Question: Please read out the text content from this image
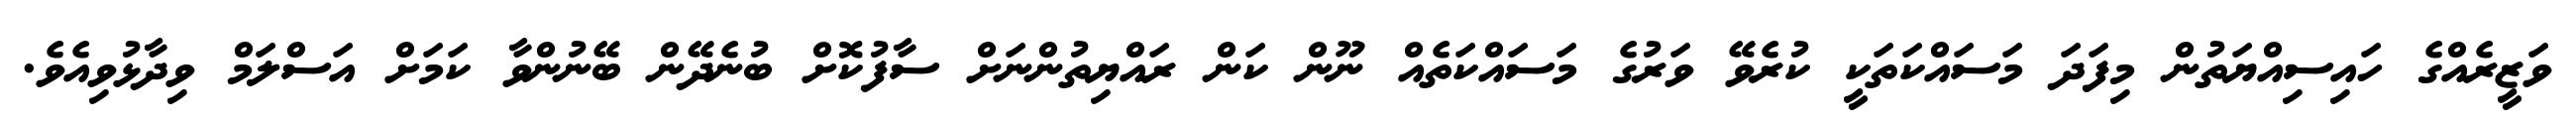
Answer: ވަޒީރެއްގެ ހައިސިއްޔަތުން މިފަދަ މަސައްކަތަކީ ކުރެވޭ ވަރުގެ މަސައްކަތެއް ނޫން ކަން ރައްޔިތުންނަށް ސާފުކޮށް ބުނެދޭން ބޭނުންވާ ކަމަށް އަސްލަމް ވިދާޅުވިއެވެ.